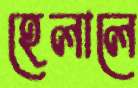
হেলালে